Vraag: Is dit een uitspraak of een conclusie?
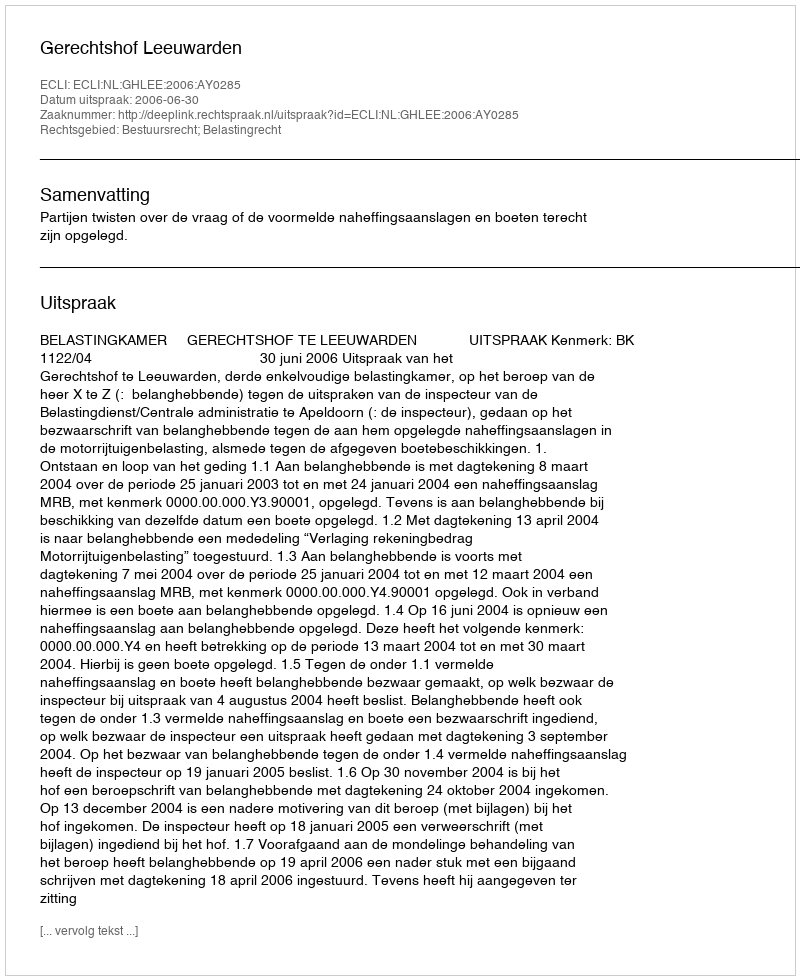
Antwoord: Uitspraak